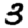
Digit: 3